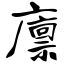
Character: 廪